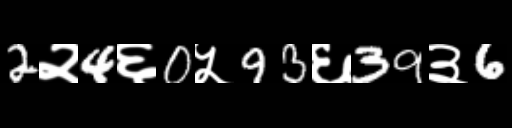
Text: 2२4६0५93६39३6